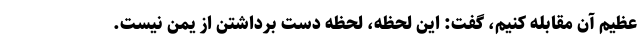
عظیم آن مقابله کنیم، گفت: این لحظه، لحظه دست برداشتن از یمن نیست.